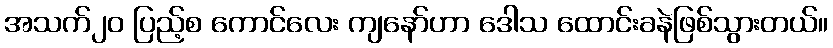
အသက်၂၀ ပြည့်စ ကောင်လေး ကျနော်ဟာ ဒေါသ ထောင်းခနဲဖြစ်သွားတယ်။